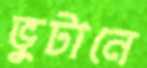
ভুটানে